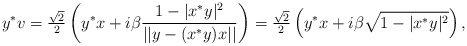
\begin{align*} y^*v = \tfrac{\sqrt{2}}{2}\left( y^*x + i \beta \frac{1 - |x^*y|^2}{||y-(x^*y)x||} \right) = \tfrac{\sqrt{2}}{2}\left( y^*x + i \beta \sqrt{1 - |x^*y|^2} \right),\end{align*}